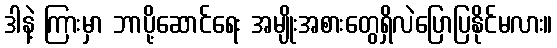
ဒါနဲ့ ကြားမှာ ဘာပို့ဆောင်ရေး အမျိုးအစားတွေရှိလဲပြောပြနိုင်မလား။